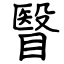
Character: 瞖